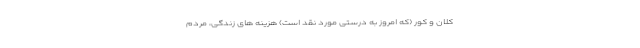
کلان و کور (که امروز به درستی مورد نقد است) هزینه های زندگی، مردم